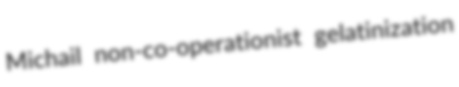
Michail non-co-operationist gelatinization